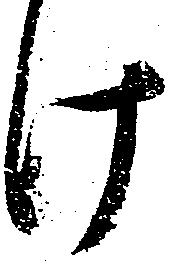
け